Malaria in the Punjab - Number 46
Disease focus: Malaria
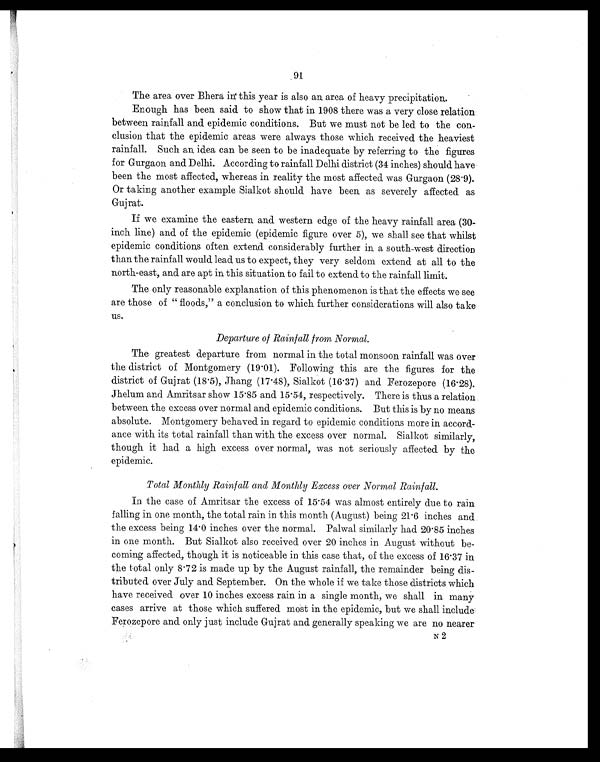
91
The area over Bhera in' this year is also an area of heavy precipitation.
Enough has been said to show that in 1908 there was a very close relation
between rainfall and epidemic conditions. But we must not be led to the con-
clusion that the epidemic areas were always those which received the heaviest
rainfall. Such an, idea can be seen to be inadequate by referring to the figures
for Gurgaon and Delhi. According to rainfall Delhi district (34 inches) should have
been the most affected, whereas in reality the most affected was Gurgaon (28.9).
Or taking another example Sialkot should have been as severely affected as
Gujrat.
If we examine the eastern and western edge of the heavy rainfall area (30-
inch line) and of the epidemic (epidemic figure over 5), we shall see that whilst
epidemic conditions often extend considerably further in a south-west direction
than the rainfall would lead us to expect, they very seldom extend at all to the
north-east, and are apt in this situation to fail to extend to the rainfall limit.
The only reasonable explanation of this phenomenon is that the effects we see
are those of " floods," a conclusion to which further considerations will also take
us.
Departure of Rainfall from Normal.
The greatest departure from normal in the total monsoon rainfall was over
the district of Montgomery (19.01). Following this are the figures for the
district of Gujrat (18.5), Jhang (17.48), Sialkot (16.37) and Ferozepore (16.28).
Jhelum and Amritsar show 15.85 and 15.54, respectively. There is thus a relation
between the excess over normal and epidemic conditions. But this is by no means
absolute. Montgomery behaved in regard to epidemic conditions more in accord-
ance with its total rainfall than with the excess over normal. Sialkot similarly,
though it had a high excess over normal, was not seriously affected by the
epidemic.
Total Monthly Rainfall and Monthly Excess over Normal Rainfall.
In the case of Amritsar the excess of 15.54 was almost entirely due to rain
falling in one month, the total rain in this month (August) being 21.6 inches and
the excess being 14.0 inches over the normal. Palwal similarly had 20.85 inches
in one month. But Sialkot also received over 20 inches in August without be-
coming affected, though it is noticeable in this case that, of the excess of 16.37 in
the total only 8.72 is made up by the August rainfall, the remainder being dis-
tributed over July and September. On the whole if we take those districts which
have received over 10 inches excess rain in a single month, we shall in many
cases arrive at those which suffered most in the epidemic, but we shall include
Ferozepore and only just include Gujrat and generally speaking we are no nearer
N2